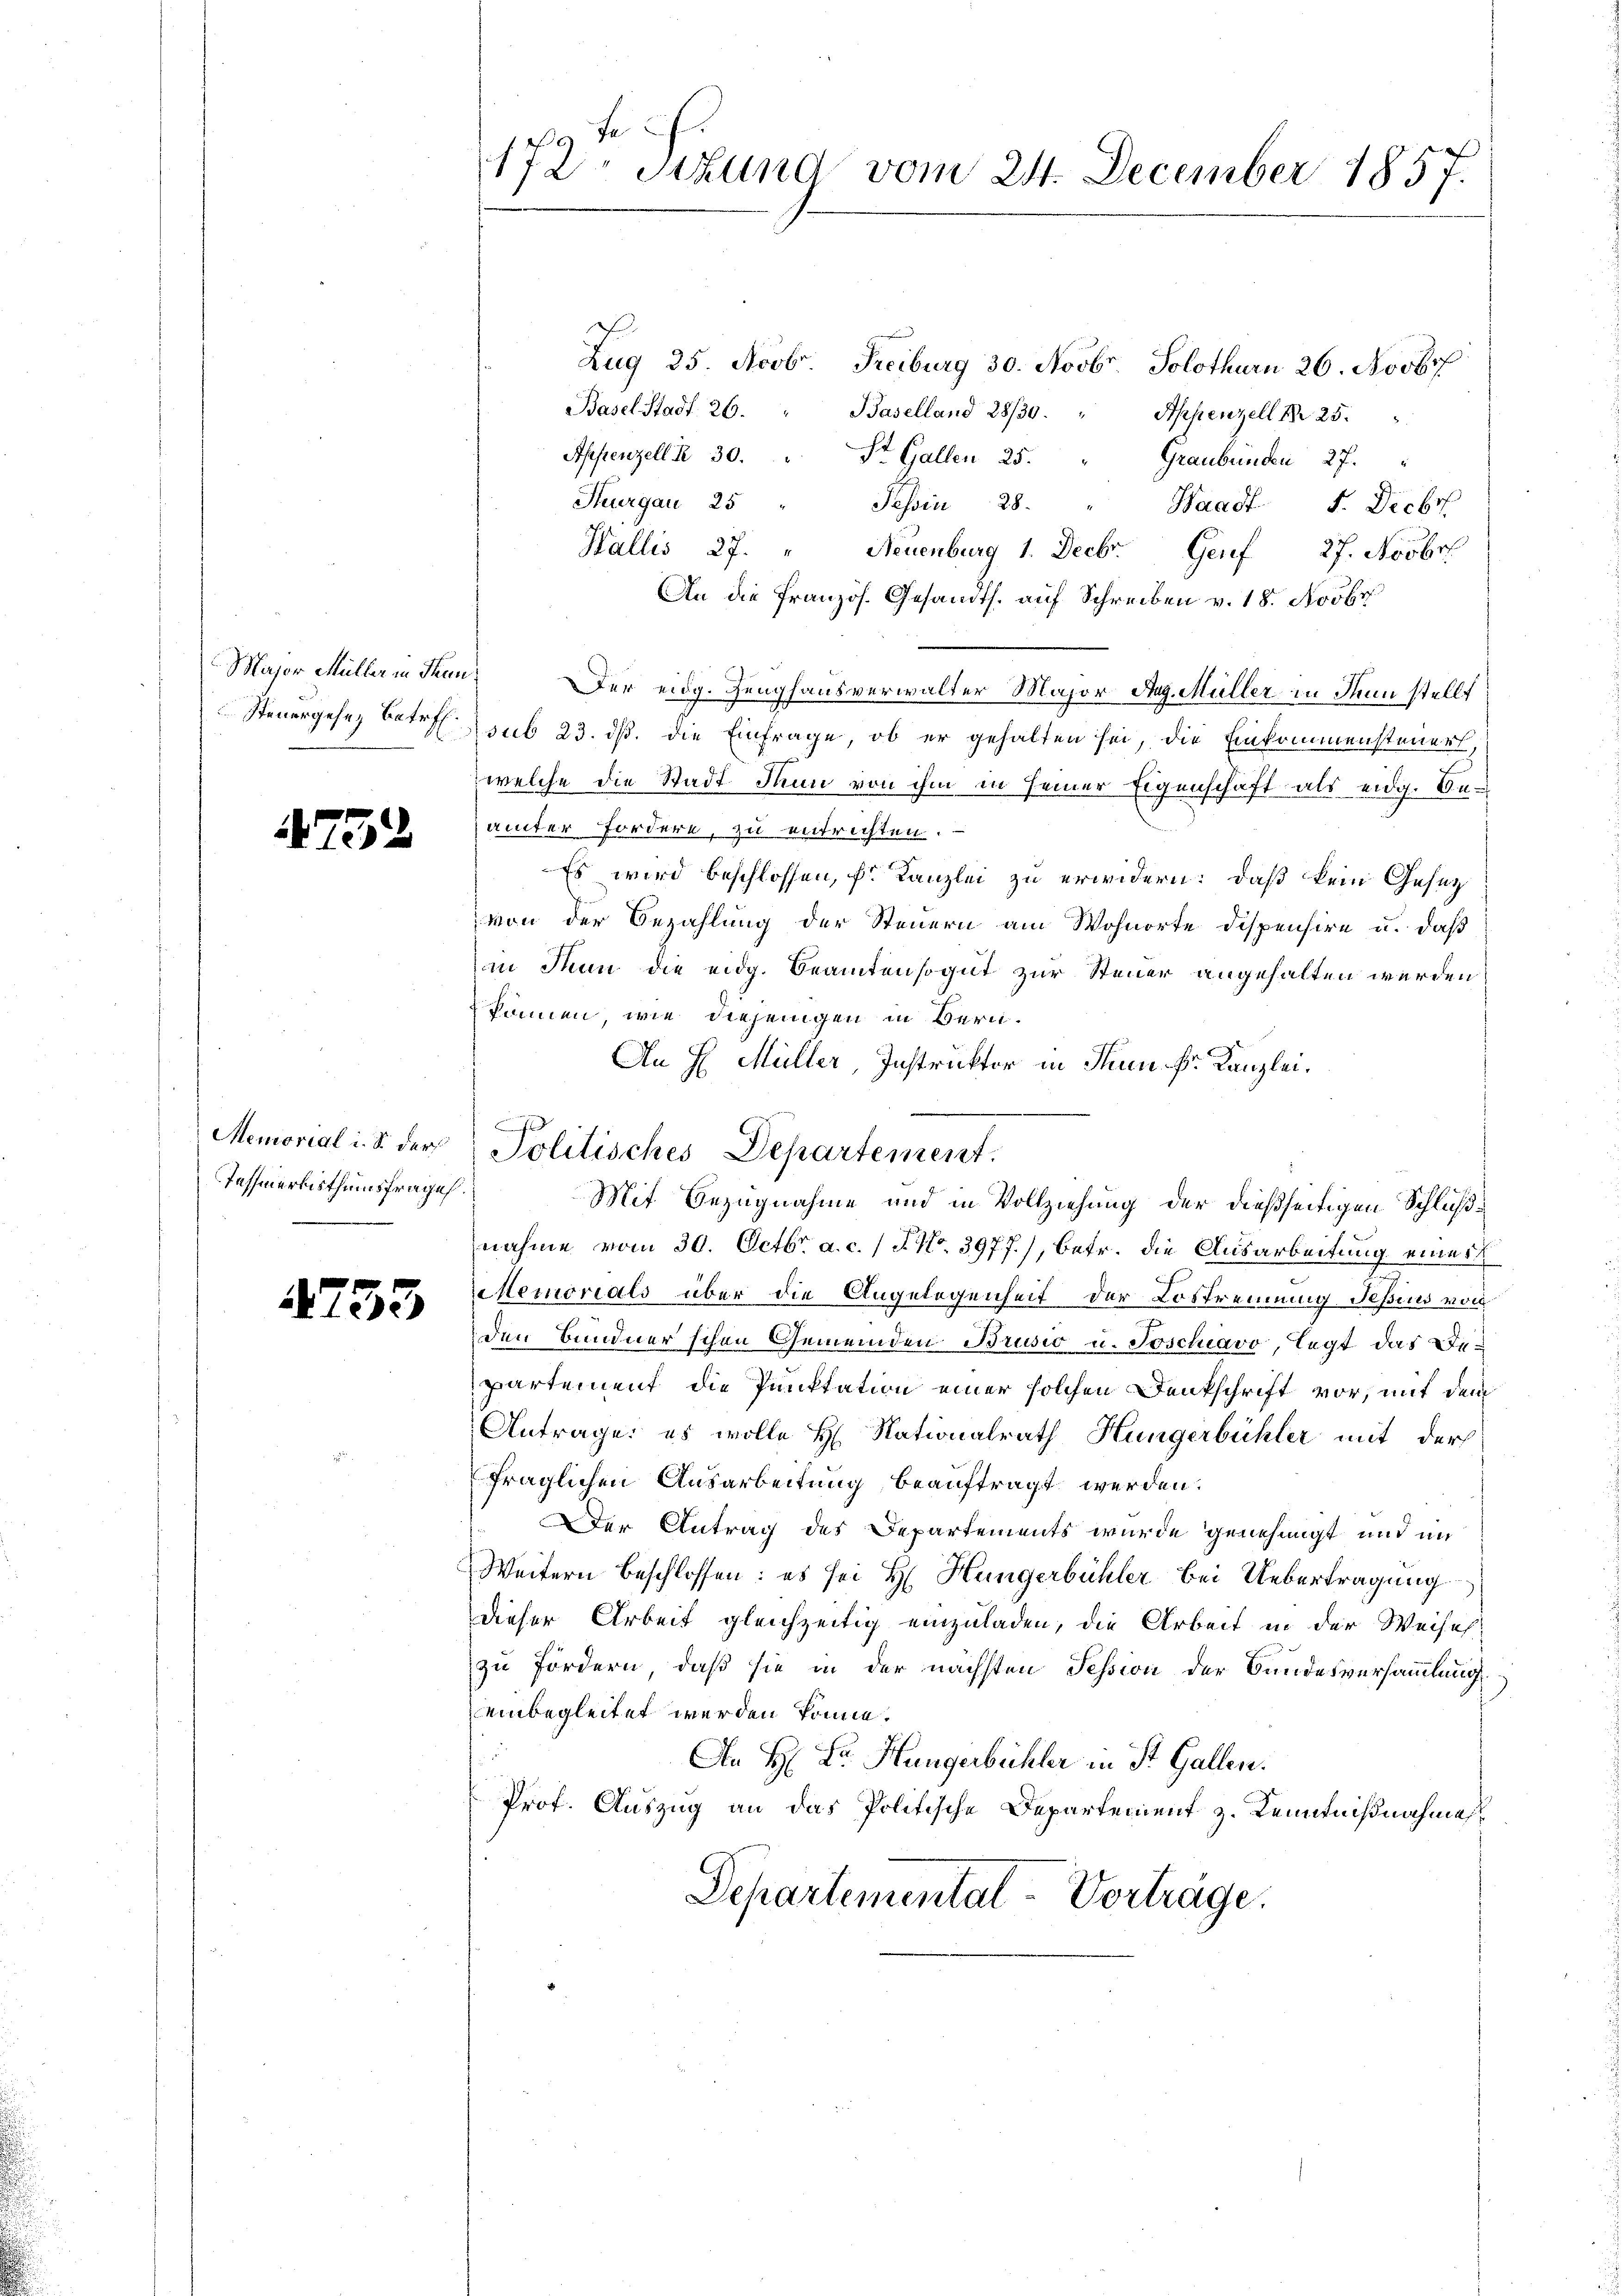
Major Müller in Frau.

4752

Memorial i. S. der
Tafnerbisthumsfrages.

4753

Fe
172 Stund vom 24. December 1857.

Zug 25. Novb. Freiburg 30. Novbr. Solothurn 26. Novbr
Basel Stadt 26.
Baselland 28/30. " Appenzell N. 25.
Appenzell § 30. " St. Gallen 25. " Graubünden 27.
Thurgau 25 " Tessin 28. " Waadt F. Decbr
Wallis 27. " Neuenburg 1. Decbr. Genf 27. Novbr.
An die französ. Gesandts. auf Schreiben v. 18. Novbr
Der eidg. Zeughausverwalter Major Mag. Müller in denn stellt
Steuergesez betr. sub 23. ds. die Einfrage, ob er gehalten sei, die Einkommensteuers,
welche die Stadt dann von ihm in seiner Eigenschaft als eidg. Beämter Fordern, zu entrichten.
Es wird beschlossen, für Kanzlei zu erwidern: daß kein Gesezvon der Bezahlung der Steuern am Wohnorte Dispensire u. daß
in Nun die eidg. Beamtensogut zur Steuer angehalten werden
können, wie diejenigen in Beru¬
An H. Müller, Instruktor in dem Fr. Kanzlei.
Politisches Departement.
Mit Bezugnahme und in Vollziehung der dießseitigen Schlußnahme vom 30. Octbr. a. c. / 5. No. 3977), betr. die Ausarbeitung einer
elemorials über die Angelegenheit der Lostrennung Jesius von
den Bündner schen Gemeinden Brusio u. Joschiavo, legt das Departement die Punktation einer solchen Denkschrift vor, mit dem
Antrage, es wolle H. Nationalrath Hungerbühler mit der
fraglichen Ausarbeitung beauftragt werden.
Der Antrag des Departements wurde genehmigt und im
Weitern beschlossen: es sei H. Hungerbühler bei Uebertragung
dieser Arbeit gleichzeitig einzuladen, die Arbeit in der Weiseh
zu fördern, daß sie in der nächsten Tession der Bundesversammlung
einbegleitet werden könne.
An H: Dr. Hungerbühler in St. Gallen.
Prof. Auszug an das Politische Departement z. Kenntnißnahmes
Separtemental-Vorträge.